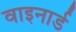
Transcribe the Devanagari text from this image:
वाइनार्ड